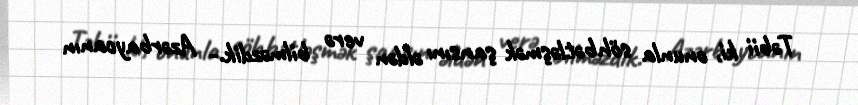
Təbii ki, onunla söhbətləşmək şansını əldən verə bilməzdik.- Azərbaycanın